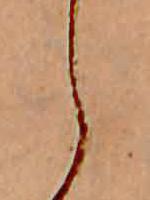
え